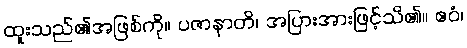
ထူးသည်၏အဖြစ်ကို။ ပဇာနာတိ၊ အပြားအားဖြင့်သိ၏။ ဧဝံ၊